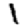
Digit: 1